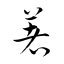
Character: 著